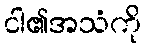
ငါ၏အသံကို